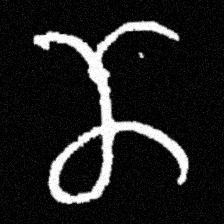
Pyu character \u2014 Myanmar letter: ဏ (romanized: nna)